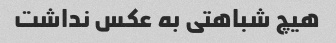
هیچ شباهتی به عکس نداشت